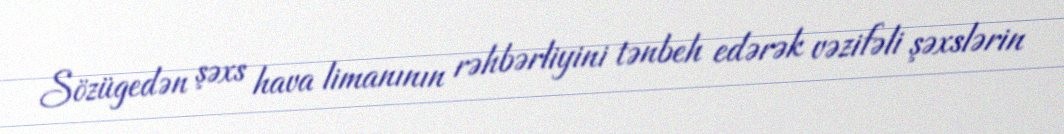
Sözügedən şəxs hava limanının rəhbərliyini tənbeh edərək vəzifəli şəxslərin